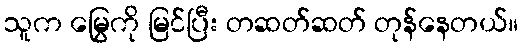
သူက မြွေကို မြင်ပြီး တဆတ်ဆတ် တုန်နေတယ်။